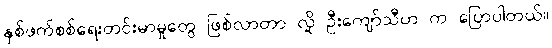
နှစ်ဖက်စစ်ရေးတင်းမာမှုတွေ ဖြစ်လာတာ လို့ ဦးကျော်သီဟ က ပြောပါတယ်။